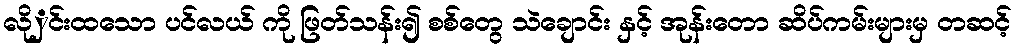
လိုှင်းထသော ပင်လယ် ကို ဖြတ်သန်း၍ စစ်တွေ သဲချောင်း နှင့် အုန်းတော ဆိပ်ကမ်းများမှ တဆင့်